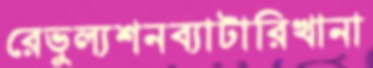
রেভুল্যশনব্যাটারিখানা